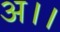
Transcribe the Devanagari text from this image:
अ।।